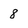
Character: 8